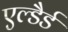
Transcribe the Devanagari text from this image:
एल्डैर्ड